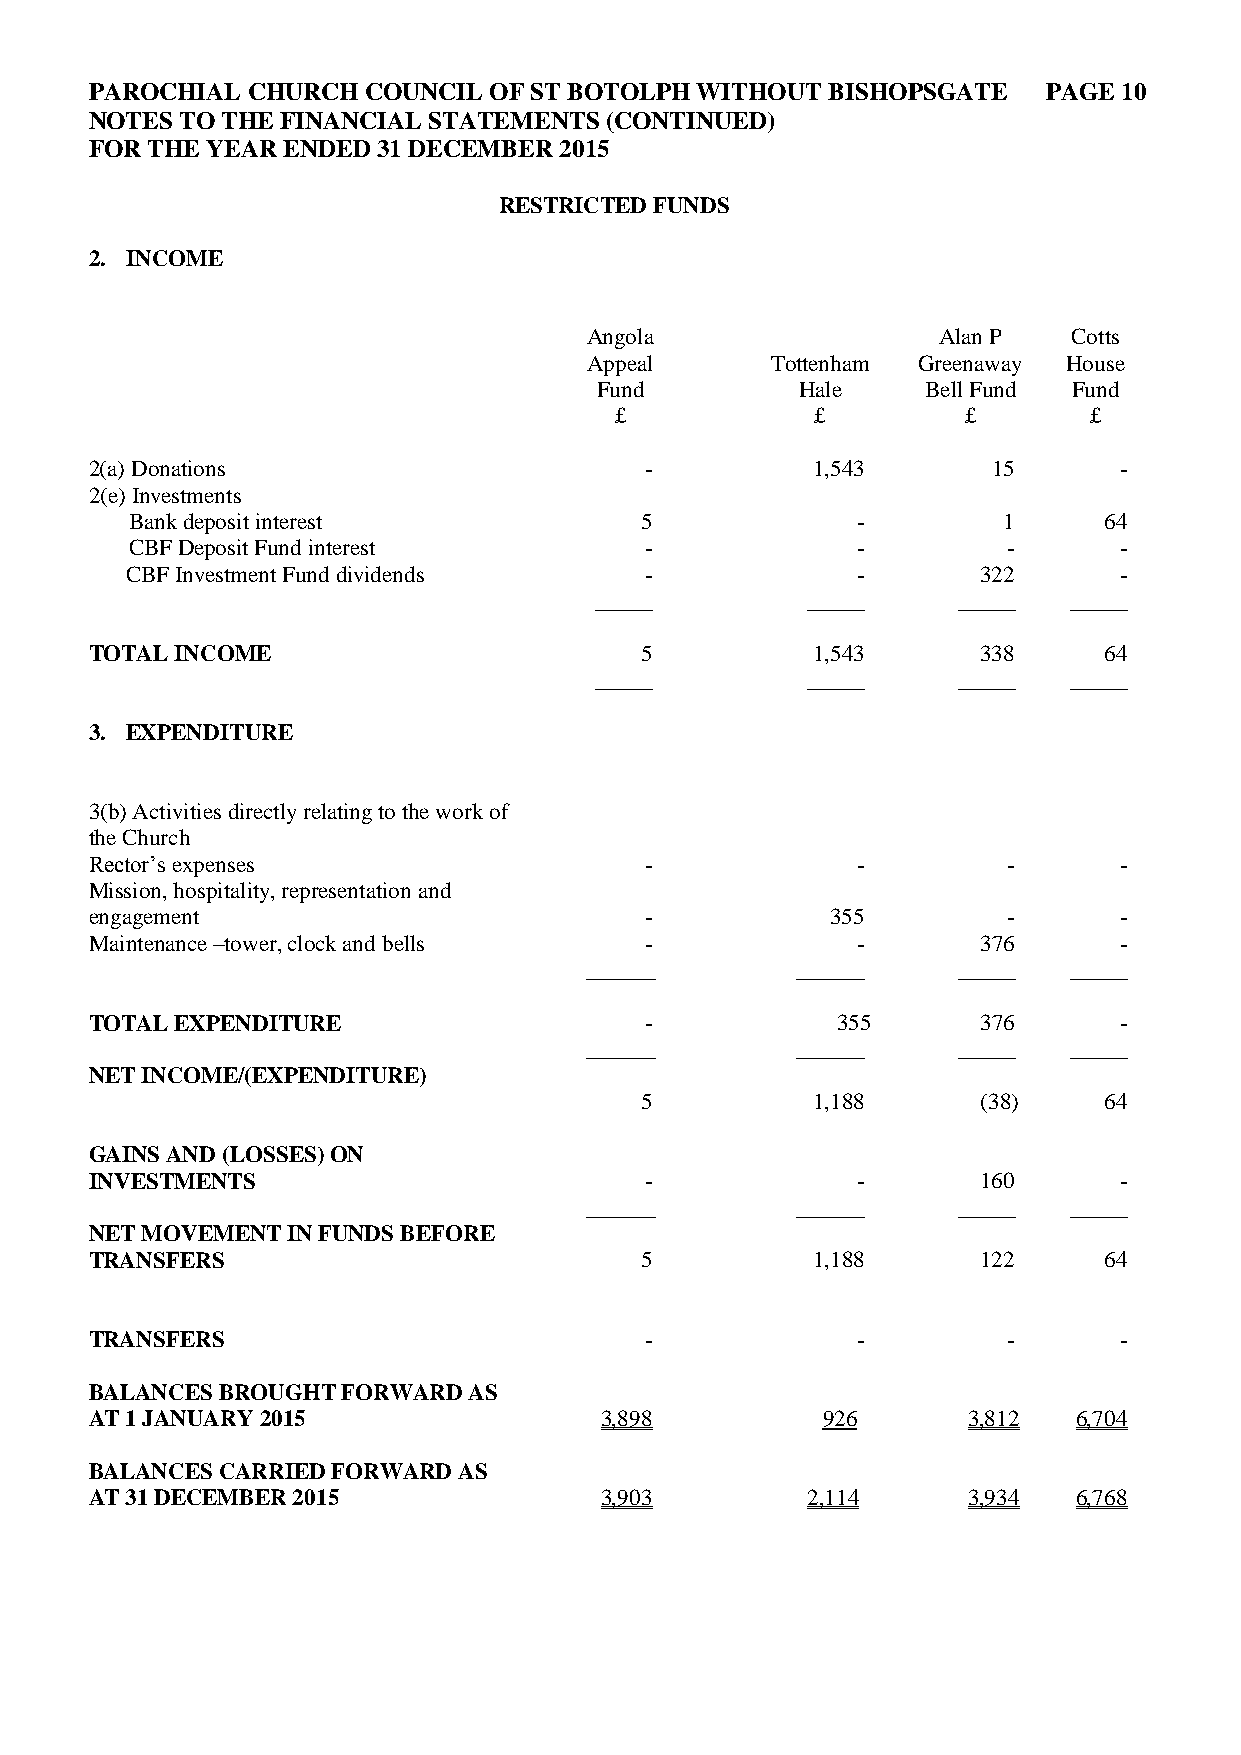
PAROCHIAL CHURCH  COUNCIL OF ST BOTOLPH WITHOUT  BISHOPSGATE   PAGE 10
 NOTES TO THE FINANCIAL STATEMENTS (CONTINUED)
 FOR THE YEAR ENDED 31 DECEMBER 2015
 RESTRICTED FUNDS
 2. INCOME
 Angola                 Alan P   Cotts
 Appeal      Tottenham Greenaway House
 Fund          Hale    Bell Fund Fund
 £            £         £       £
 2(a) Donations                       -          1,543       15      -
 2(e) Investments
 Bank deposit interest            5              -        1      64
 CBF Deposit Fund interest         -             -         -      -
 CBF Investment Fund dividends      -             -       322      -
 _____         _____     _____   _____
 TOTAL INCOME                        5           1,543      338     64
 _____         _____     _____   _____
 3. EXPENDITURE
 3(b) Activities directly relating to the work of
 the Church
 Rector’s expenses                    -             -         -      -
 Mission, hospitality, representation and
 engagement                           -           355         -      -
 Maintenance –tower, clock and bells  -             -       376      -
 ______        ______    _____   _____
 TOTAL EXPENDITURE                    -           355       376      -
 ______        ______    _____   _____
 NET INCOME/(EXPENDITURE)
 5           1,188      (38)    64
 GAINS AND (LOSSES) ON
 INVESTMENTS                          -             -       160      -
 ______        ______    _____   _____
 NET MOVEMENT IN FUNDS BEFORE
 TRANSFERS                           5           1,188      122     64
 TRANSFERS                            -             -         -      -
 BALANCES BROUGHT FORWARD AS
 AT 1 JANUARY 2015                 3,898         926       3,812  6,704
 BALANCES CARRIED FORWARD AS
 AT 31 DECEMBER 2015               3,903        2,114      3,934  6,768